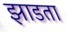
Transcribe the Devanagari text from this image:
झाडता